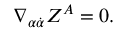
\nabla _ { \alpha \dot { \alpha } } Z ^ { A } = 0 .